Palivere_vallavalitsus, lk 4
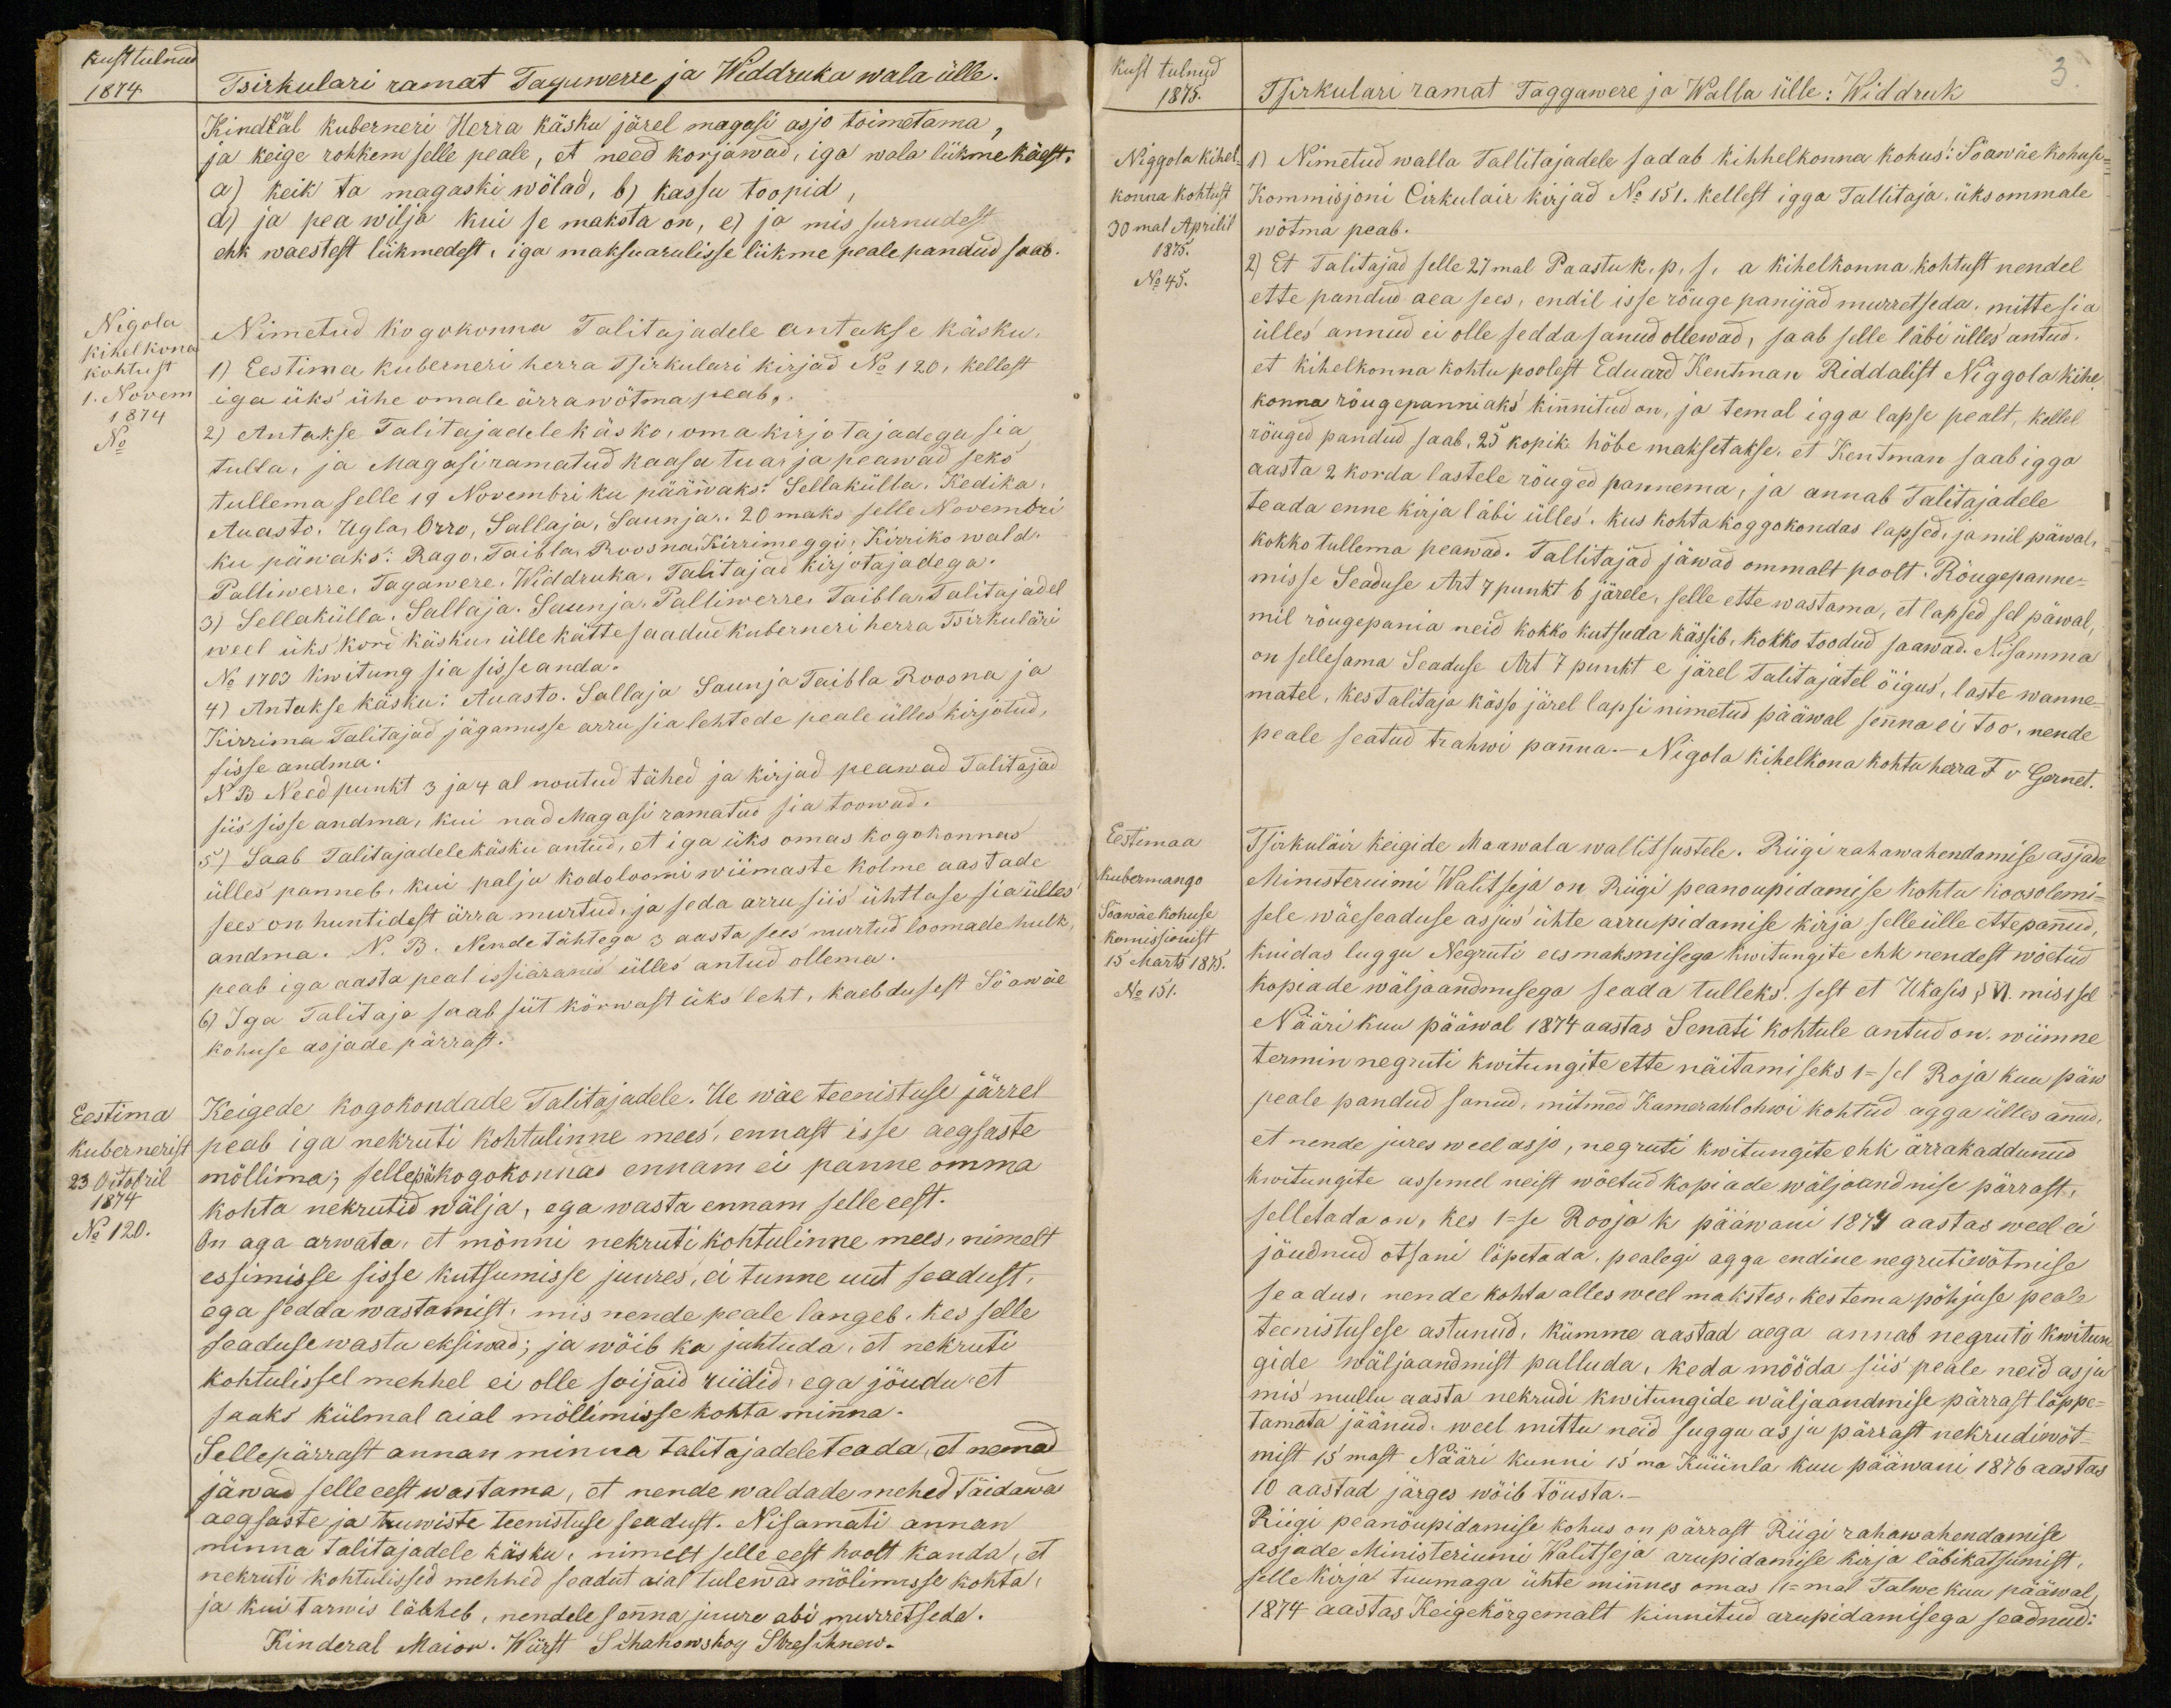
Kust tulnud
1874
Tsirkulari ramat Tagawerre ja Widdruka wala ülle.
Kindral kuberneri Herra käsku järel magasi asjo toimetama,
ja keige rohkem selle peale, et need korjawad, iga wala liikme käest.
a) keik ta magaski wölad, b) kassu toopid,
d) ja pea wilja kui se maksta on, e) ja mis surnudest
ehk waestest liikmedest, iga maksuarulisse liikme peale pandud saab.
Nigola
kihelkond
kohtust
1. Novem
1874
No
Nimetatud kogukonna Talitajadele antakse käsku,
1) Eestima kuberneri herra Tsirkulari kirjad No 120, kellest
iga üks ühe omale ärra wötma peab.
2) Antakse Talitajadele käsko, oma kirjotajadega sia,
tulla, ja Magasi ramatud kaasa tua ja peawad seks
tullema selle 19 Nowembri ku pääwaks: Sellakülla. Kedika,
Auasto, Ugla, Orro, Sallaja, Saunja, 20maks selle Nowembri
ku päwaks: Rago, Taibla, Roosna, Kirrimeggi, Kirriko wald,
Palliwerre, Tagawere, Widdruka, Talitajad kirjotajadega.
3) Sellakülla, Sallaja, Saunja, Palliwerre, Taibla Talitajadel
weel üks kord käskus ülle kätte saadud kuberneri herra Tsirkuläri
No 1703 kwitung sia sisse anda.
4) Antakse käsku: Auasto. Sallaja Saunja Taibla Roosna ja
Kirrima Talitajad jägamisse arru sia lehtede peale ülles kirjotud,
sisse andma.
NB Need punkt 3 ja 4 al noutud tähed ja kirjad peawad Talitajad
siis sisse andma, kui nad Magasi ramatud sia toowad.
5) Saab Talitajadele käsku antud, et iga üks omas kogokonnas
ülles panneb, kui palju kodoloomi wiimaste kolme aastade
sees on huntidest ärra murtud, ja seda arru siis ühtlase sia ülles
andma. N. B. Nende tähtega 3 aasta sees murtud loomade hulk
peab iga aasta peal issiäranis ülles antud ollema.
6) Iga Talitaja saab siit kõrwast üks leht, kaebdusest Söawäe
kohuse asjade pärrast.
Eestima
Kubernerist
23 Octobril
1874
No 120.
Keigede kogokondade Talitajadele. Ue wäe teenistuse järrel
peab iga nekruti kohtulinne mees, ennast isse aegsaste
möllima; sellepä kogokonnas ennam ei panne omma
kohta nekrutid wälja, ega wasta ennam selle eest.
On aga arwata, et mõnni nekruti kohtulinne mees, nimelt
essimisse sisse kutsumisse juures, ei tunne uut seadust.
ega sedda wastamist, mis nende peale langeb. Kes selle
seaduse wastu eksiwad; ja wõib ka juhtuda, et nekruti
kohtulissel mehhel ei olle soijaid riidid, ega jõudu et
saaks külmal aial möllimisse kohta minna.
Sellepärrast annan minna talitajadele teada, et nemad
jäwad selle eest wastama, et nende waldade mehed täidawad
aegsaste ja tunniste teenistuse seadust. Nisamati annan
minna talitajadele käsku, nimelt selle eest hoolt kanda, et
nekruti kohtulissed mehhed seadut aial tulewad mölimisse kohta,
ja kui tarwis lähheb, nendele senna juure abi murretseda.
Kinderal Maior. Würst Sihahowskoy Stresihnow.

3.
Kust tulnud
1875.
Tsirkulari ramat Taggawere ja Walla ülle: Widdruk
Niggola kihel-
konna kohtust
30mal Aprilil
1875.
No 45.
1) Nimetud walla Tallitajadele sadab kihhelkonna kohus: Söawäe kohuse
Kommisjoni Cirkulair kirjad No 151. kellest igga Tallitaja, üks ommale
wõtma peab.
2) Et Talitajad selle 27mal Paastu k. p. s. a. kihelkonna kohtust nendel
ette pandud aea sees, endil isse rõuge panijad muretseda, mitte siis
ülles annud ei olle sedda sanud ollewad, saab selle läbi ülles antud,
et kihelkonna kohtu poolest Eduard Kentman Riddalist Niggola kihel-
konna rõugepanniaks kinnitud on, ja temal igga lapse pealt, kellel
rõuged pandud saab, 25 kopik. hõbe maksetakse, et Kentman saab igga
aasta 2 korda lastele rõuged pannema, ja annab Talitajadele
teada enne kirja läbi ülles. Kus kohta koggokondas lapsed, ja mil päwal
kokko tullema peawad. Talitajad jäwad ommalt poolt. Rõugepanne-
misse Seaduse Art 7 punkt 6 järele, selle ette wastama, et lapsed sel päwal
mil rõugepania neid kokko kutsuda kässib, kokko toodud saawad. Ni samma
on sellesama Seaduse Art 7 punkt e järel Talitajatel õigus, laste wanne
matel, kes talitaja kässo järel lapsi nimetud pääwal senna ei too, nende
peale seatud trahwi panna.- Nigola kihelkonnakohtu herra F v. Gernet.
Tsirkuläir keigide Maawala walitsustele. Riigi rahawahendamise asjade
Minusteruimi Walitseja on Riigi peanõupidamise kohtu koosolemi-
sele wäeseaduse asjus ühte arrupidamise kirja selle ülle ettepanud,
kuidas luggu Negruti ees maksmisega kwitungite ehk nendest wöetud
kopiade wälja andmisega seada tulleks. sest et Ukasis § VI. mis 1sel
Nääri kuu pääwal 1874 aastas Senati kohtule antud on, wiimne
termin negruti kwitungite ette näitamiseks 1-sel Roja kuu päew
peale pandud sanud, mitmed Kamerahlohwi kohtud agga ülles anud,
et nende jures weel asjo, negruti kwitungite ehk ärrakaddunud
kwitungite assemel neist wõetud kopiade wäljaandmise pärrast,
selletada on, kes 1-se Rooja k pääwani 1874 aastas weel ei
jõudnud otsani lõpetada, pealegi agga endine negrutivõtmise
seadus, nende kohta alles weel makstes, kes tema põhjuse peale
teenistusse astunud. Kümme aastad aega annab negruti kwitun-
gide wäljaandmist palluda, keda mööda siis peale neid asju
mis mullu aasta nekrudi kwitungide wäljaandmise pärrast lõppe-
tamata jäänud, weel mittu neid suggu asju pärrast nekurdiwöt-
mist 15mast Nääri kunni 15ma Küünla kuu pääwani 1876 aastas
10 aastad järges wöib töusta.-
Riigi peanöupidamise kohus on pärrast Riigi rahawahendamise
asjade Ministeriumi Walitseja arupidamise kirja läbikatsumist,
selle kirja tuumaga ühte minnes omas 11-mal Talwe kuu pääwal,
1874 aastas Keigekörgemalt kinnitud arupidamisega seadnud:

Eestimaa
Kubermango
Söawäe kohuse
komissionist
15 Märts 1875.
No 151.